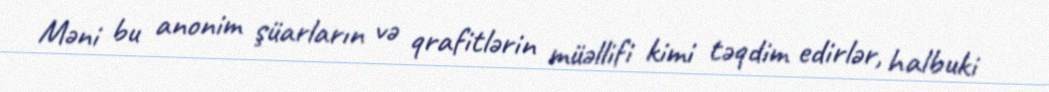
Məni bu anonim şüarların və qrafitlərin müəllifi kimi təqdim edirlər, halbuki